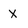
Character: x